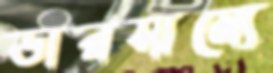
ভারসাম্যে